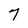
Character: 7